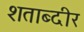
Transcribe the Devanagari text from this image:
शताब्दीर